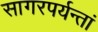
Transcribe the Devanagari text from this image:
सागरपर्यन्तां